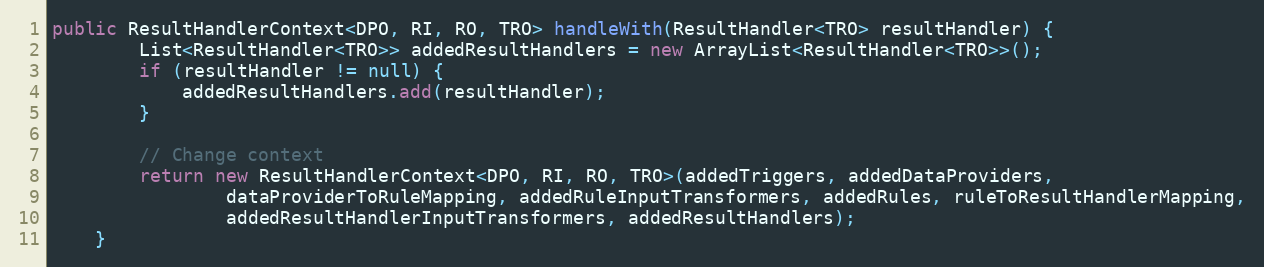
Language: Java
public ResultHandlerContext<DPO, RI, RO, TRO> handleWith(ResultHandler<TRO> resultHandler) {
        List<ResultHandler<TRO>> addedResultHandlers = new ArrayList<ResultHandler<TRO>>();
        if (resultHandler != null) {
            addedResultHandlers.add(resultHandler);
        }

        // Change context
        return new ResultHandlerContext<DPO, RI, RO, TRO>(addedTriggers, addedDataProviders,
                dataProviderToRuleMapping, addedRuleInputTransformers, addedRules, ruleToResultHandlerMapping,
                addedResultHandlerInputTransformers, addedResultHandlers);
    }